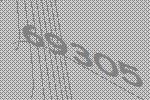
69305